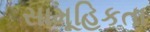
સામૂહિકતા